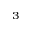
^ 3